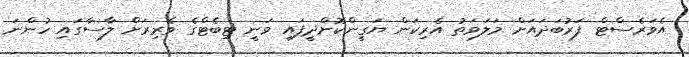
އެވަރެސްޓް ފަރުބަދައަށް މަލަވަތު އެރިކަން ޔަގީންކޮށްދީފައި ވަނީ ޓިބެޓްގެ ވެރިރަށް ލާސާގައި ހުންނަ